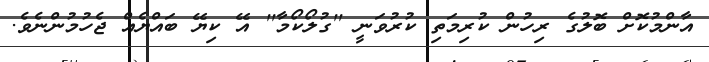
އާންމުކޮށް ބޮލުގެ ރިހުން ކުރިމަތި ކުރުވަނީ ''ގުލޯކޯމާ'' އޭ ކިޔޭ ބައްޔެއް ޖެހުމުންނެވެ.